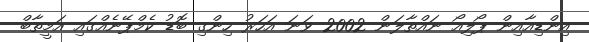
އިންޑިއާއިން ޕޯލިއޯ ނައްތާލަން 2002 ވަނަ އަހަރު ހިންގި ބޮޑު ކެމްޕޭނެއްގައި އަމީތާބް